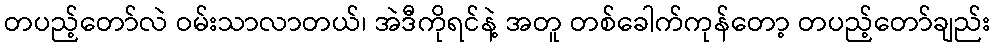
တပည့်တော်လဲ ဝမ်းသာလာတယ်၊ အဲဒီကိုရင်နဲ့ အတူ တစ်ခေါက်ကုန်တော့ တပည့်တော်ချည်း